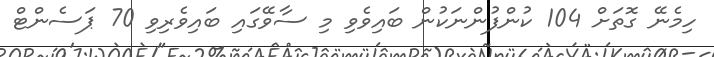
ހިމެނޭ ގޮތަށް 104 ކުންފުންނަކުން ބައިވެވި މި ސާވޭގައި ބައިވެރިވި 70 ޕަސެންޓް